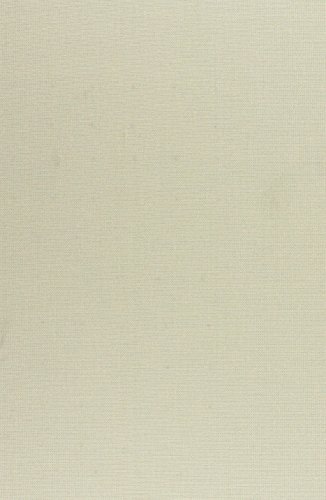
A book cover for A History of American Magazines, Volume V: Sketches of 21 Magazines, 1905-1930; Frank Luther Mott; Crafts, Hobbies & Home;